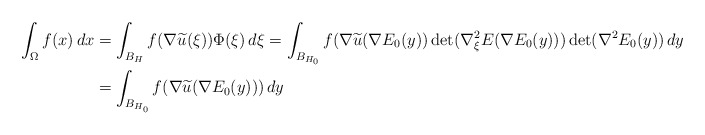
\begin{align*}\int_{\Omega} f(x)\, dx& = \int_{B_H} f(\nabla \widetilde u (\xi)) \Phi(\xi)\, d\xi = \int_{B_{H_0}} f(\nabla \widetilde u (\nabla E_0(y)) \det(\nabla_{\xi}^2E(\nabla E_0(y)))\, {\rm det}(\nabla^2 E_0(y))\, dy\\ & = \int_{B_{H_0}} f(\nabla \widetilde u (\nabla E_0(y))) \, dy\end{align*}